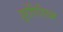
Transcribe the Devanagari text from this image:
श्रोणिशिखर